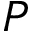
P